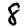
Digit: 8